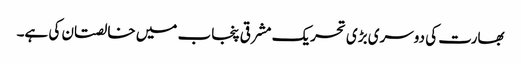
بھارت کی دوسری بڑی تحریک مشرقی پنجاب میں خالصتان کی ہے۔